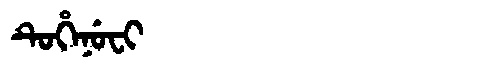
Manchu: ᡨᡠᡥᡝᠨᡠᠸᡳ
Romanization: TUHENUFI